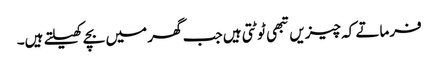
فرماتے کہ چیزیں تبھی ٹوٹتی ہیں جب گھر میں بچے کھیلتے ہیں۔